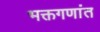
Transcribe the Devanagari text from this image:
भक्तगणांत